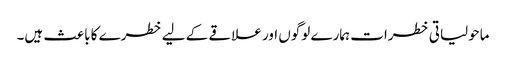
ماحولیاتی خطرات ہمارے لوگوں اور علاقے کے لیے خطرے کا باعث ہیں۔